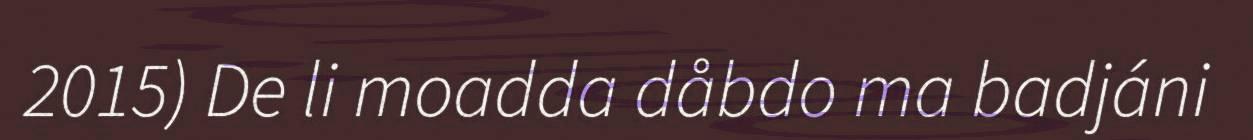
2015) De li moadda dåbdo ma badjáni